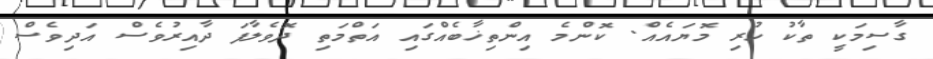
ގާސިމަކީ ތާކު ހުރި މޮޔައެއް. ކޮންމެ އިންތިޚާބެއްގައި އަތްމަތި ދޮވެލާފަ ދާއިރުވެސް އަދިވެސް